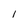
Character: l